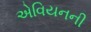
એવિયનની